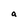
Character: a